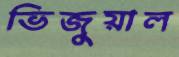
ভিজুয়াল